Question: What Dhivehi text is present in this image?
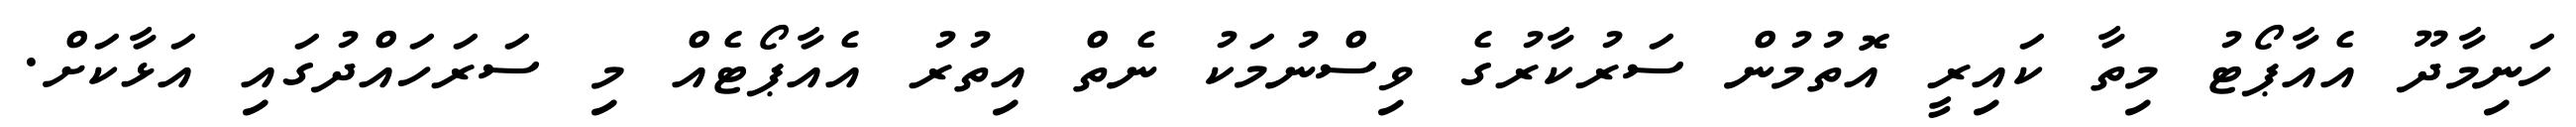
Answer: ހަނިމާދޫ އެއާޕޯޓު މިތާ ކައިރީ އޮތުމުން ސަރުކާރުގެ ވިސްނުމަކު ނެތް އިތުރު އެއާޕޯޓެއް މި ސަރަހައްދުގައި އަޅާކަށް.